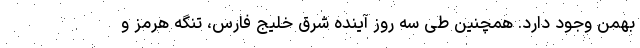
بهمن وجود دارد. همچنین طی سه روز آینده شرق خلیج فارس، تنگه هرمز و